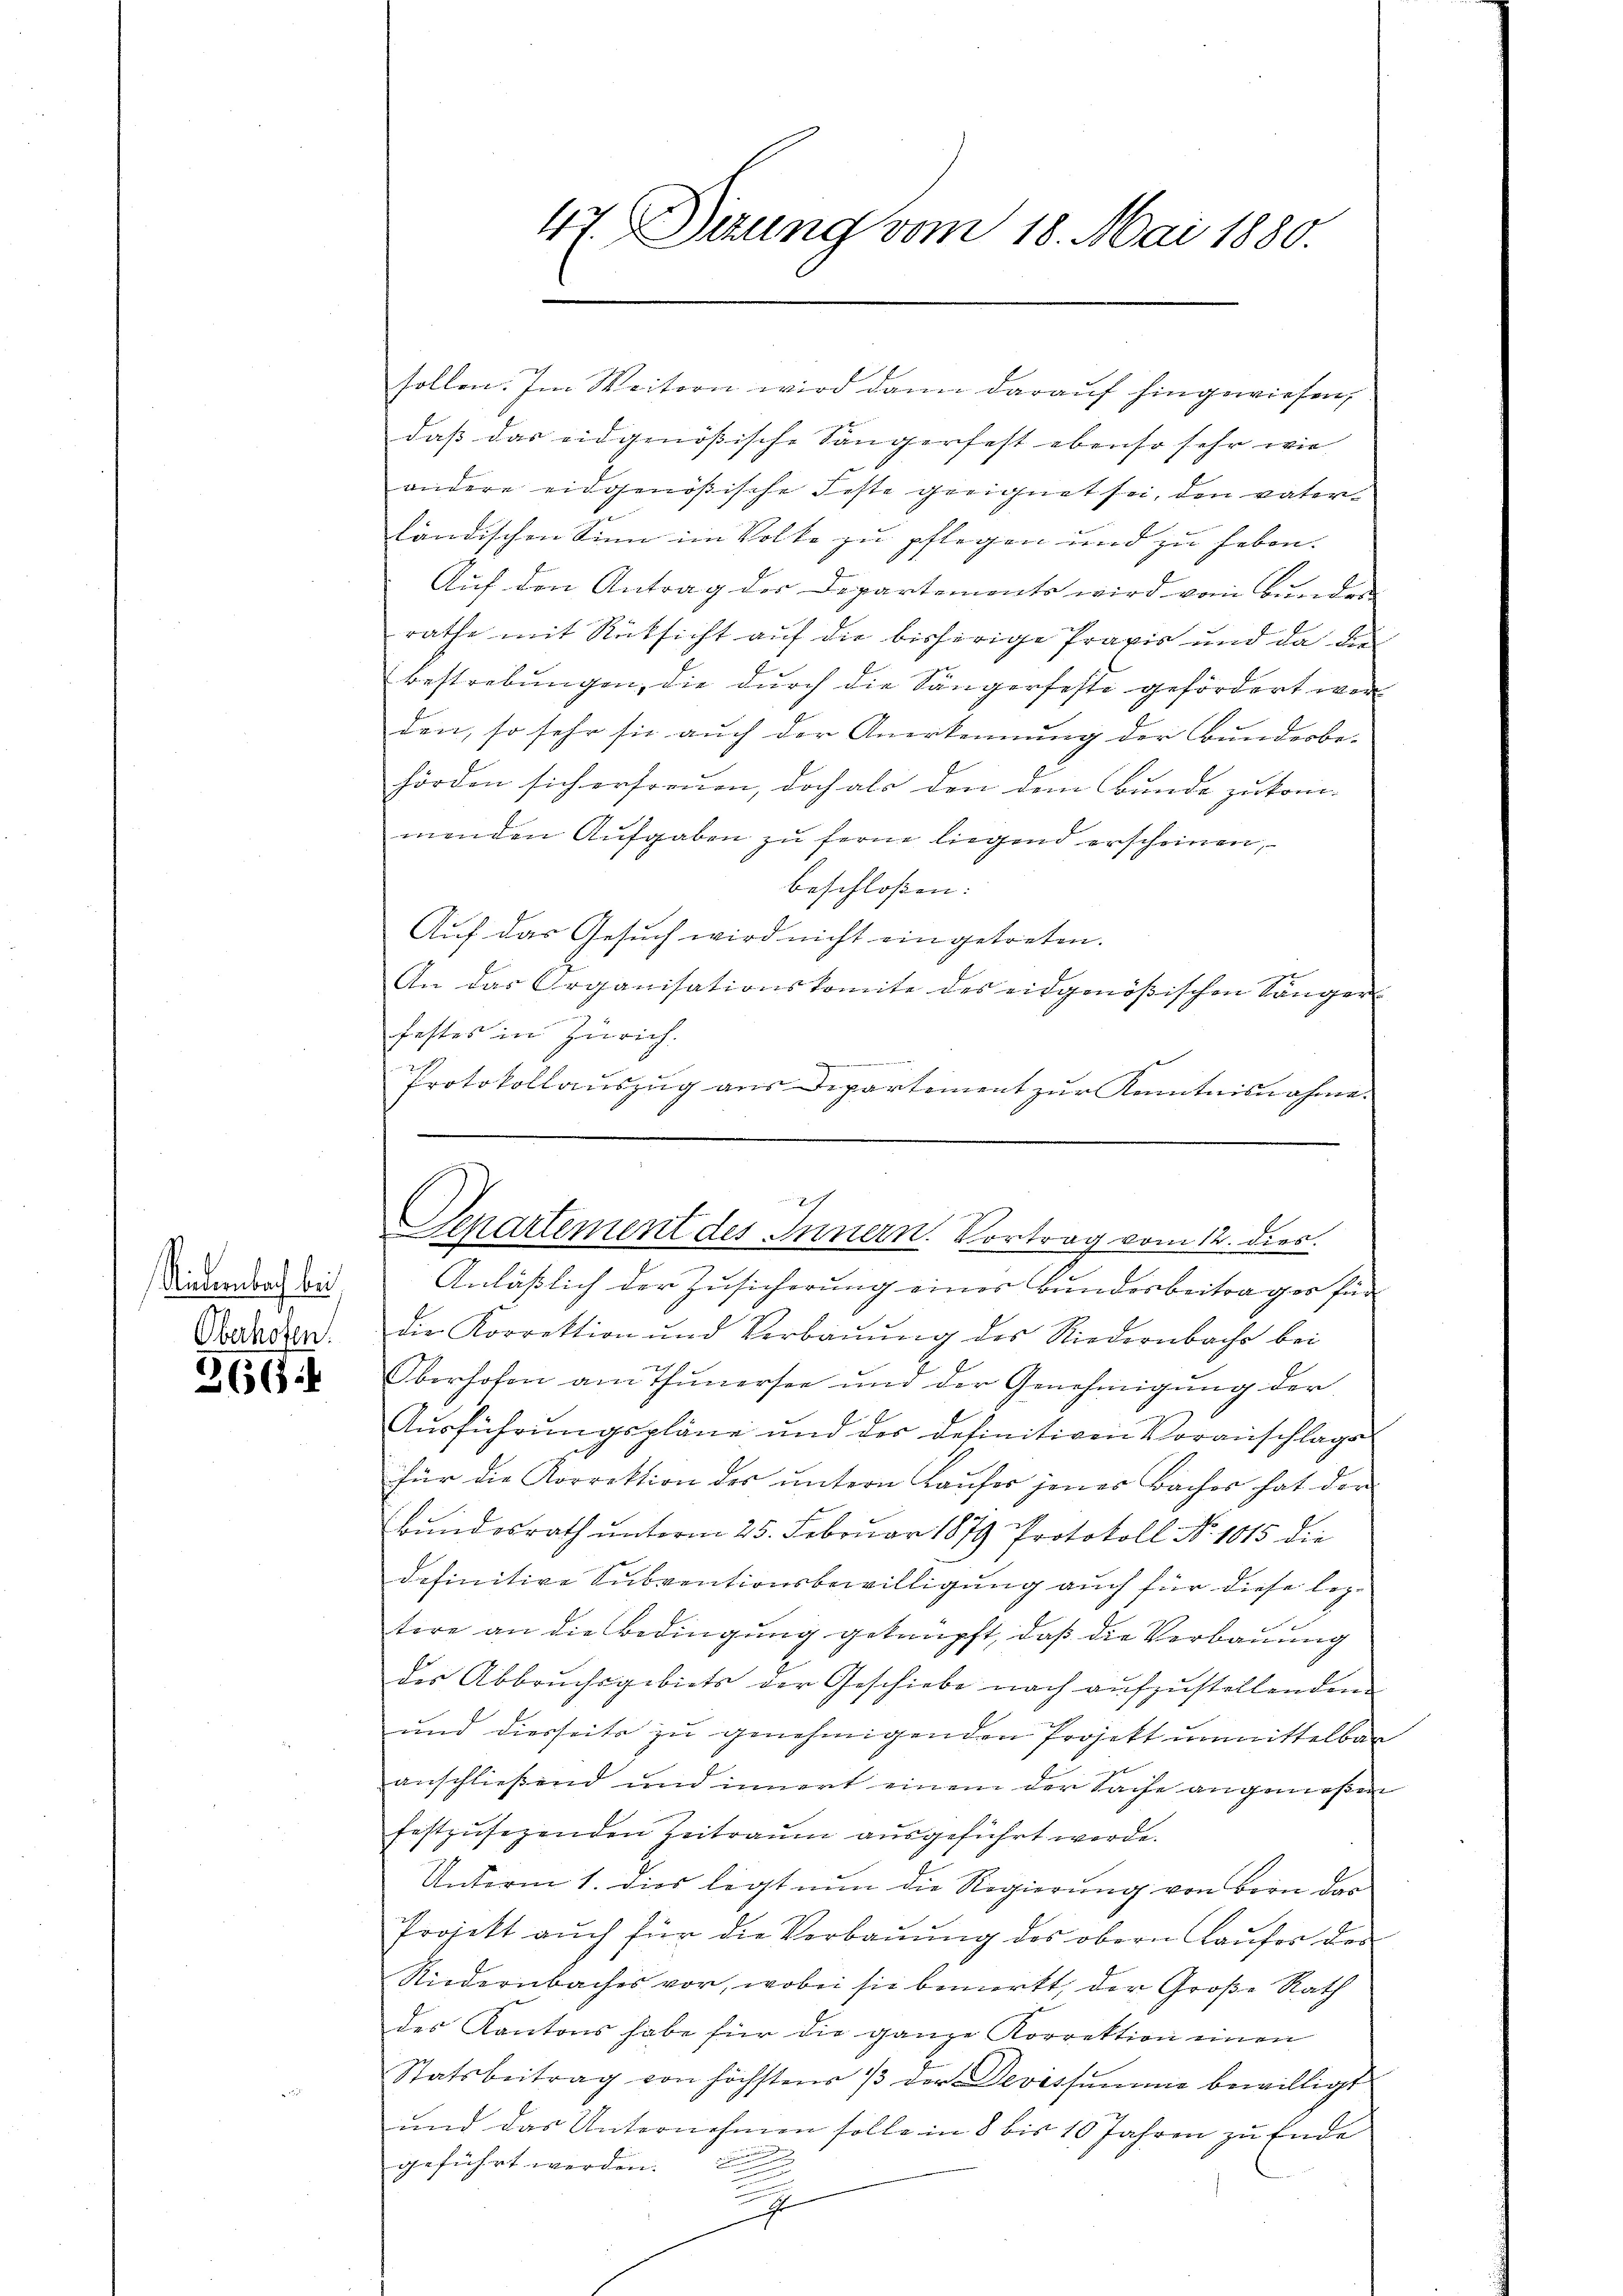
Niedenbach bei
Oberhofen.

366.

daß das eidgenößische Sängerfest ebenso sehr wie
andere eidgenößische Feste geeignet sei, den vaterländischen Sinn im Volke zu pflegen und zu haben.
Auf den Antrag der Departements wird vom Bunder
rathe mit Rücksicht auf die bishörige Praxis und da die
bestrebungen, die durch die Sängerfeste gefördert wer
den, so sehr sie auch der Anerkennung der Bunderbe-
hörden sich erfreuen, doch als den dem Bunde zukom-
menden Aufgaben zu ferne liegend erscheinen,
beschloßen:
Auf das Gesuch wird nicht eingetreten.
An das Organisationskomite des eidgenößischen Sänger
festes in Zürich.
Protokollauszug aus Departement zur Kenntnisnahme.

47. Situng vom 18. Mai 1880.

sollen. Im Weitern wird dann darauf hingewiesen,

Zich
Departement des Innern. Vortrag vom 12. dies
Anläßlich der Zusicherung eines Bundesbeitrages für

die Korrektion und Verbaŭŭng des Niedernbache bei
Oberhofen am Thunersee und der Genehmigung der
Ausführungspläne und der definitiven Voranschlage
für die Korrektion des ŭntern Laufes jener Baches hat der
Bundesrath unterm 25. Februar 1879 Protokoll No 1015 die
definitive Subventionsbewilligung auch für diese leztire an die Bedingung geknüpft, daß die Verbauung
der Abbrŭchsgebiets der Geschiebe nach aŭfzŭstellenden
und diesseite zu genehmigenden Projekt unmittelbar
anschließend und innert einem der Sache angemeßen
festzusezenden Zeitraum ausgeführt werde.
Unterm 1. dies legt nun die Regierung von Bein das
Projekt auch für die Verbauung des obern Laufes der
Niedernbaches vor, wobei sie bemerkt, der Große Rath
des Kantons habe für die ganze Korrektion einen
Statsbeitrag von höchstens 13 der Devessŭmme bewilligt
und das Unternehmen solle in 8 bis 10 Jahren zu Ende
geführt werden.
I